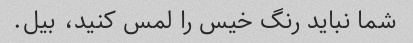
شما نباید رنگ خیس را لمس کنید، بیل.